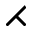
\rightthreetimes